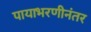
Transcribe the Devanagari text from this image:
पायाभरणीनंतर